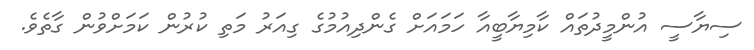
ސިޔާސީ އުންމީދުތައް ކާމިޔާބީއާ ހަމައަށް ގެންދިއުމުގެ ގިއަރު މަތި ކުރުން ކަމަށްވުން ގާތެވެ.